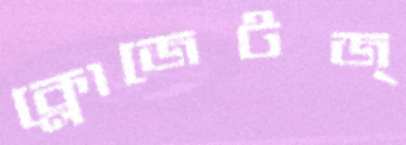
ক্লোজেটজ্